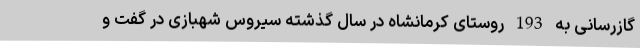
گازرسانی به 193 روستای کرمانشاه در سال گذشته سیروس شهبازی در گفت و